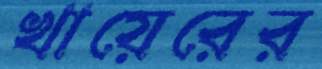
খায়েরের